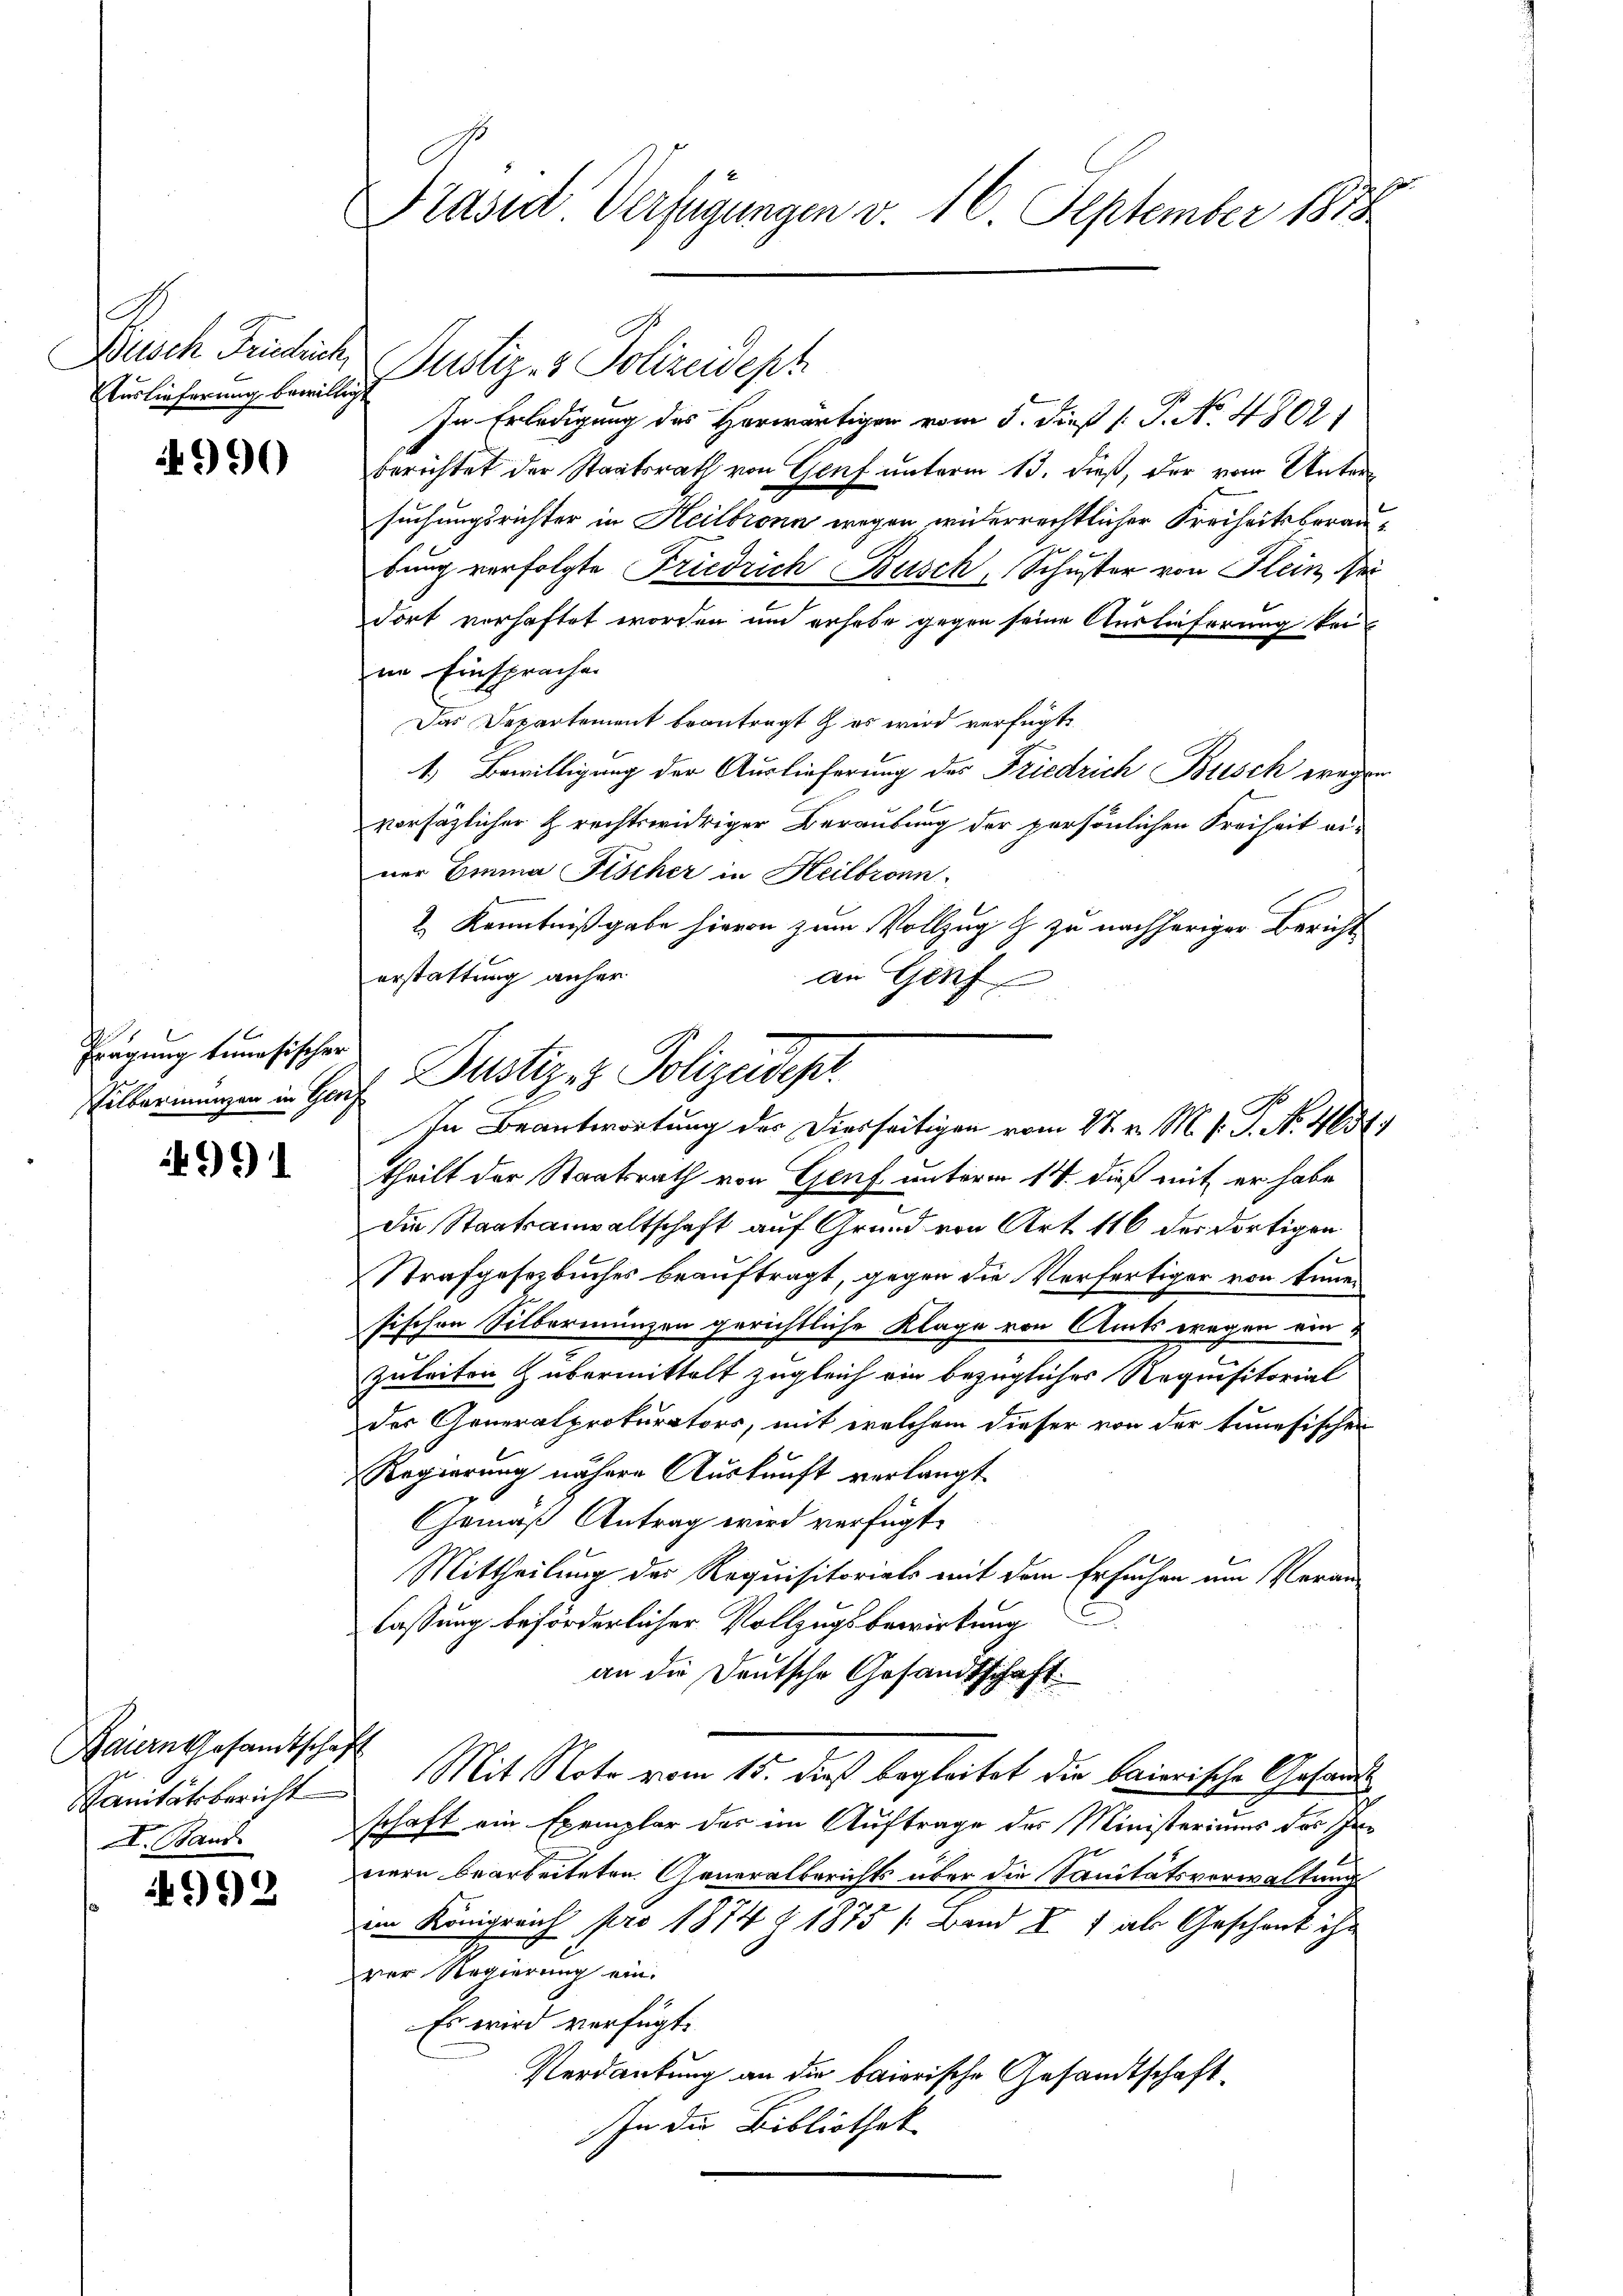
.
Beisch Friedrich,
Auslieferung bewilligt

4990

Frägung tunesischer
Vilbarmungen in Gloch

991

Baiern Gesamtschaft
Sanitätsbericht
XI. Band

992

Präsid Verfügungen v. 16. September 1878

In Erledigung des Herwärtigen vom 5. dieß (: P. No. 4802)
berichtet der Staatsrath von Genf unterm 13. dieß, der vom Untersuchungsrichter in Heilbronn wegen widerrechtlicher Freiheitsberaubung verfolgte Friedrich Busch, Schuster von Flein ei
dort verhaftet worden um erhebe gegen seine Auslieferung keiim Einsprachen
Das Departement beantragt & es wird verfügt:
1.) Bewilligung der Auslieferung des Friedrich Busch wegen
vorsäzlicher z rechtswidriger Beraubung der persönlichen Freiheit ei-
ner Emma Fischer in Heilbronn
2.) Kenntnißgabe hievon zum Vollzug & zu nachheriger Bericht
erstattung anher
an Genf

Justiz- & Polizeidept

Dustiz- & Polizeidep
In Beantwortung des Diesseitigen vom 27. v. M. v. J. No. 4631.

theilt der Staatsrath von Genf unterm 14. dieß mit er habe
die Staatsanwaltschaft auf Grund von Art. 116 der dortigen
Strafgesetzbuches beauftragt, gegen die Verfertiger von Einen
sischen Silbermünzen gerichtliche Klage von Amts wegen ein
Zuleiten übermittelt zugleich ein bezügliches Requisitorial
der Generalprokurators, mit welchem dieser von der tunesischen
Regierung nähere Auskunft verlangt
Gemäß Antrag wird verfügt:
Mittheilung des Requisitorials mit dem Ersuchen am Veranlassung beförderlicher Vollzugsbewirkung
an die Deutsche Gesandtschaft.
Mit Note vom 15. dieß begleitet die baierische Gesandschaft ein Exemplar der im Auftrage des Ministeriums des Innern bearbeiteten Generalberichts über die Sanitätsverwaltung
im Königreich pro 1874 Z 1875 / Band I 1 als Geschenk ihr
ver Regierung ein.
Es wird verfügt:
Verdankung an die baierische Gesandtschaft¬
In die Bibliothek